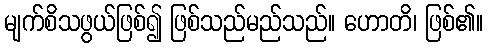
မျက်စိသဖွယ်ဖြစ်၍ ဖြစ်သည်မည်သည်။ ဟောတိ၊ ဖြစ်၏။